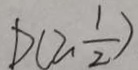
D ( 2 \frac { 1 } { 2 } )